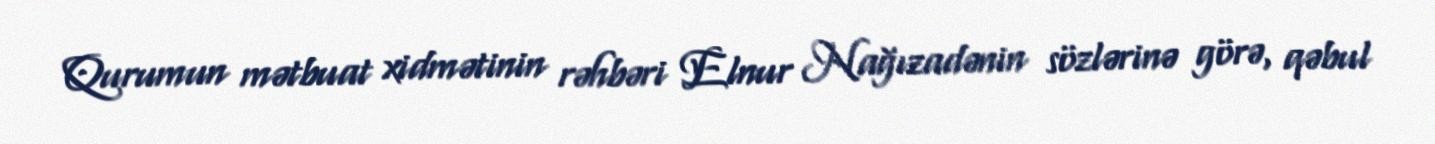
Qurumun mətbuat xidmətinin rəhbəri Elnur Nağızadənin sözlərinə görə, qəbul